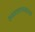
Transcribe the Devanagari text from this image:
हस्तललणखताची